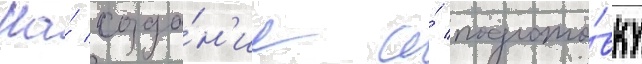
На́ созда́н'ие и́ подгото́вку